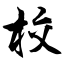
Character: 校